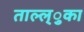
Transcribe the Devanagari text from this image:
ताल्ल्ुका